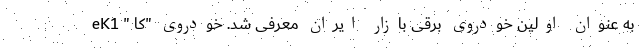
eK1 " به عنوان اولین خودروی برقی بازار ایران معرفی شد. خودروی "کا